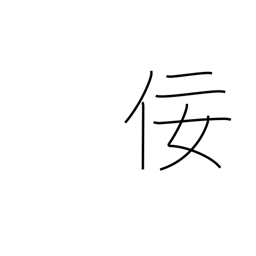
Meaning: flattery